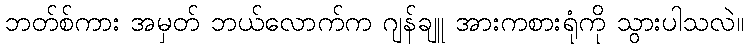
ဘတ်စ်ကား အမှတ် ဘယ်လောက်က ဂျန်ချူ အားကစားရုံကို သွားပါသလဲ။